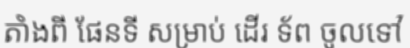
តាំងពី ផែនទី សម្រាប់ ដើរ ទ័ព ចូលទៅ